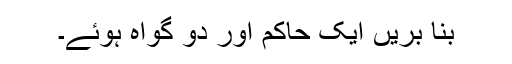
بنا بریں ایک حاکم اور دو گواہ ہوئے۔